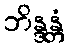
ဘိန္ဒန္တံ